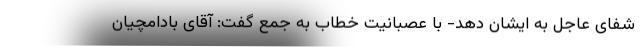
شفای عاجل به ایشان دهد- با عصبانیت خطاب به جمع گفت: آقای بادامچیان